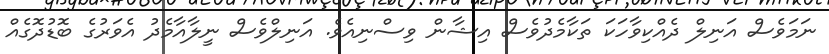
ނަމަވެސް އަނިލް ދެއްކިވާހަކަ ތަކާމެދުވެސް އިޝާން ވިސްނިއެވެ. އަނިލްވެސް ނީލާއާމެދު އެވަރުގެ ބޮޑުދޮގެއް